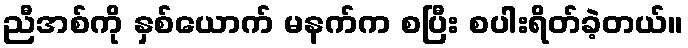
ညီအစ်ကို နှစ်ယောက် မနက်က စပြီး စပါးရိတ်ခဲ့တယ်။